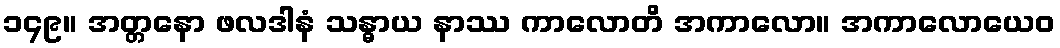
၁၄၉။ အတ္တနော ဖလဒါနံ သန္ဓာယ နာဿ ကာလောတိ အကာလော။ အကာလောယေဝ